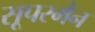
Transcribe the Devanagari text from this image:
सूपरमैन